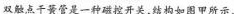
双触点干簧管是一种磁控开关，结构如图甲所示，